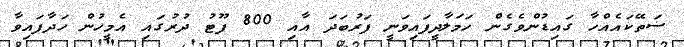
ސަތޭކައެއްހާ ގައިޑުންވެގެން ހަމަލާދީފައިވަނީ ފަރުބަދަ އާއި 800 ފޫޓު ދުރުގައި އެމީހުން ހަދާފައިވާ